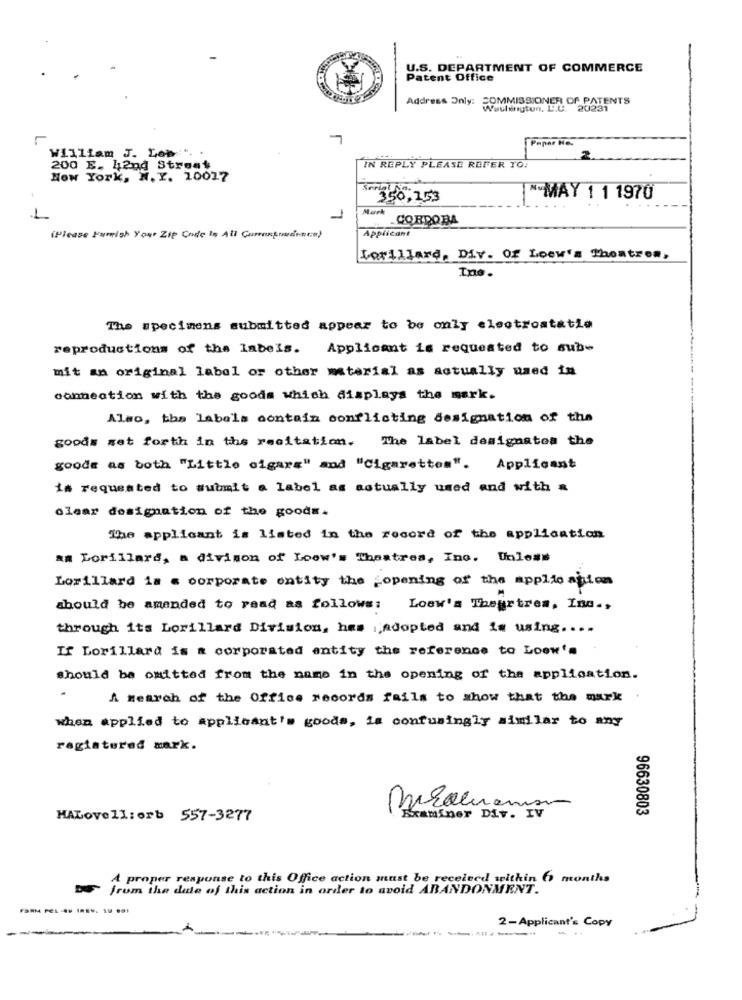
U.S. DEPARTMENT OF COMMERCE
Patent Office
Address Only: COMMISSIONER OF PATENTS
Weultingtun. L.C.
20231
Paper No.
William J. Lon:". .
200 E. 42nd Street
IN REPLY PLEASE REFER TO:
New York, N. Y. 10017
Serial No.
350,153
MAY 1 1 1970
Mark
1
1
CORDOBA
Applicant
(Please Furish You' Zip Code Is All Currentwurdent:m)
Lorillard, Div. Of Loew's Theatres,
Ino.
The specimens submitted appear to be only electroatatie
reproductions of the labels. Applicant is requested to sub-
mit an original label or other material as actually used in
connection with the goods which displays the mark.
Also, tha labels contain conflicting designation of the
goods set forth in the recitation. The label designates the
goode as both "Little cigars" and "Cigarettes". Applicant
i# requested to submit a label as actually used and with &
clear designation of the goods.
The applicant is listed in the record of the application
aa Lorillard, a divimon of Loow's Theatres, Ino. Unless
Lorillard is s corporate entity the _opening of the applio ation
should be amended to read as follows: Losw's Theurtres, Inc .,
through its Lorillard Division, hes ;adopted and is using ....
If Lorillard is a corporated entity the reference to Loow's
should be omitted from the name in the opening of the application.
A search of the Office records fails to whow that the mark
when applied to applicant's goods, is confusingly similar to any
registered mark.
96630803
HALovell: orb 557-3277
Bemminer Div. IV
A proper response to this Office action must be received within 6 months
from the date of this action in order to avoid ABANDONMENT.
2-Applicant's Copy